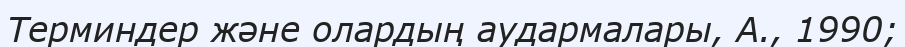
Терминдер және олардың аудармалары, А., 1990;